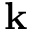
{ \bf k }